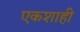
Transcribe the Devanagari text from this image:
एकशाही